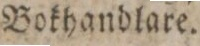
Bokhandlare.